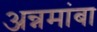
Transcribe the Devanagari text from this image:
अन्नमांबा